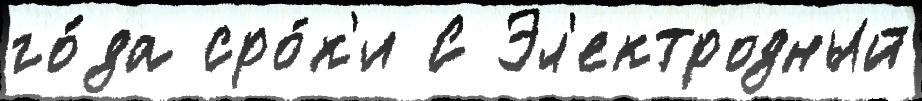
го́да сро́к'и С Эл'ектродный